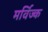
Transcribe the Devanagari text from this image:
मर्विज्क